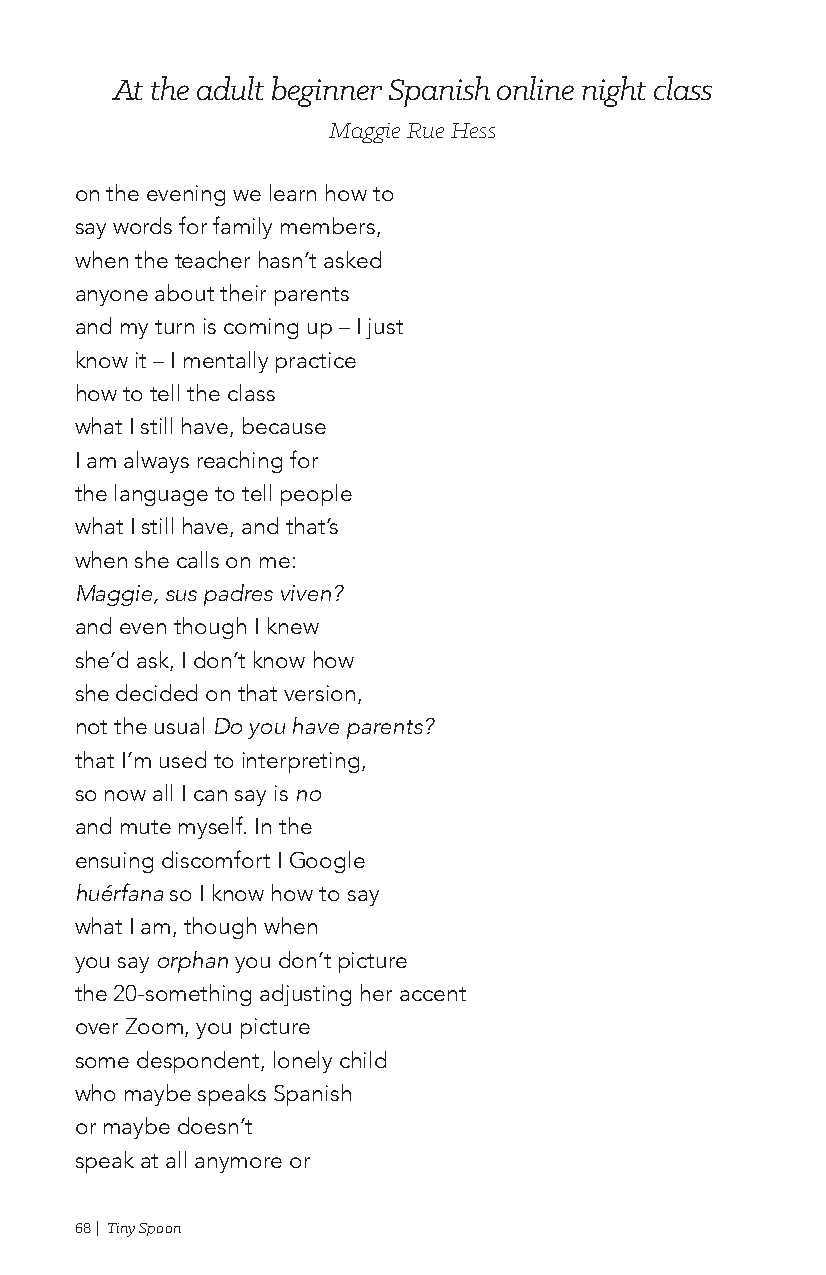
At the adult beginner Spanish online night class
 Maggie Rue Hess
 on the evening we learn how to
 say words for family members,
 when the teacher hasn’t asked
 anyone about their parents
 and my turn is coming up – I just
 know it – I mentally practice
 how to tell the class
 what I still have, because
 I am always reaching for
 the language to tell people
 what I still have, and that’s
 when she calls on me:
 Maggie, sus padres viven?
 and even though I knew
 she’d ask, I don’t know how
 she decided on that version,
 not the usual Do you have parents?
 that I’m used to interpreting,
 so now all I can say is no
 and mute myself. In the
 ensuing discomfort I Google
 huérfana so I know how to say
 what I am, though when
 you say orphan you don’t picture
 the 20-something adjusting her accent
 over Zoom, you picture
 some despondent, lonely child
 who maybe speaks Spanish
 or maybe doesn’t
 speak at all anymore or
 68 | Tiny Spoon